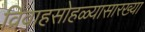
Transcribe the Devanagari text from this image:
विवाहसोहळ्यासारख्या